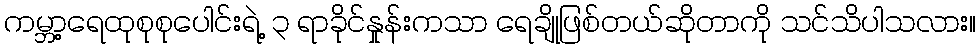
ကမ္ဘာ့ရေထုစုစုပေါင်းရဲ့ ၃ ရာခိုင်နှုန်းကသာ ရေချိုဖြစ်တယ်ဆိုတာကို သင်သိပါသလား။